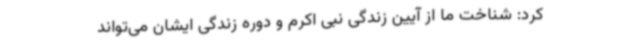
کرد: شناخت ما از آیین زندگی نبی اکرم و دوره زندگی ایشان می‌تواند